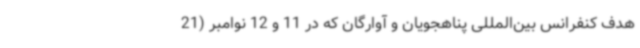
هدف کنفرانس بین‌المللی پناهجویان و آوارگان که در 11 و 12 نوامبر (21